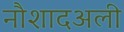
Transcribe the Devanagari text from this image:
नौशादअली